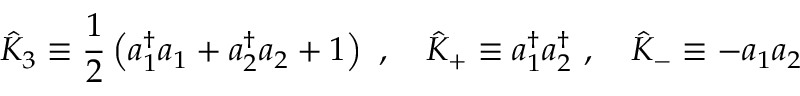
{ \hat { K } } _ { 3 } \equiv { \frac { 1 } { 2 } } \left( a _ { 1 } ^ { \dagger } a _ { 1 } + a _ { 2 } ^ { \dagger } a _ { 2 } + 1 \right) \ , \quad { \hat { K } } _ { + } \equiv a _ { 1 } ^ { \dagger } a _ { 2 } ^ { \dagger } \ , \quad { \hat { K } } _ { - } \equiv - a _ { 1 } a _ { 2 }